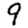
Digit: 9